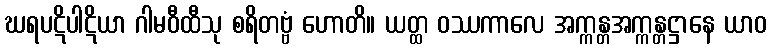
ဃရပဋိပါဋိယာ ဂါမဝီထီသု စရိတဗ္ဗံ ဟောတိ။ ယတ္ထ ဝဿကာလေ အက္ကန္တအက္ကန္တဋ္ဌာနေ ယာဝ